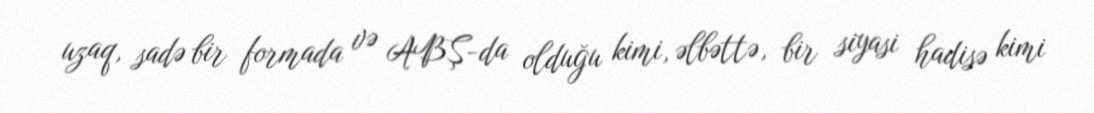
uzaq, sadə bir formada və ABŞ-da olduğu kimi, əlbəttə, bir siyasi hadisə kimi